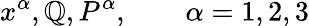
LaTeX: x^{\alpha},\mathbb{Q},P^{\alpha},\qquad\alpha=1,2,3